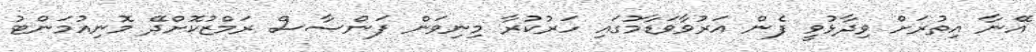
އޭނާ އިތުރަށް ވިދާޅުވީ ފެން އަރުވާވަޑާމުގައި ހަރުކުރާ މިނިވަން ފަންސާސް ރަމްޒުކޮށްދޭ މޮނިއުމަންޓު